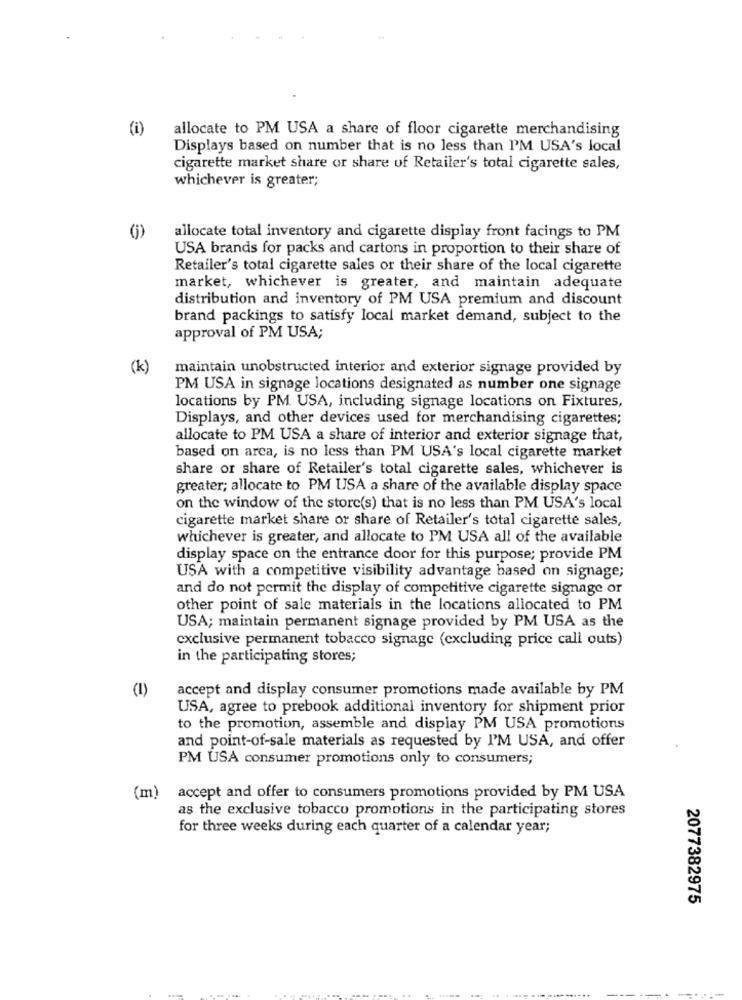
(i)
allocate to PM USA a share of floor cigarette merchandising
Displays based on number that is no less than PM USA's local
cigarette market share or share of Retailer's total cigarette sales,
whichever is greater;
()
allocate total inventory and cigarette display front facings to PM
USA brands for packs and cartons in proportion to their share of
Retailer's total cigarette sales or their share of the local cigarette
market, whichever is greater, and maintain adequate
distribution and inventory of PM USA premium and discount
brand packings to satisfy local market demand, subject to the
approval of PM USA;
(k)
maintain unobstructed interior and exterior signage provided by
PM USA in signage locations designated as number one signage
locations by PM USA, including signage locations on Fixtures,
Displays, and other devices used for merchandising cigarettes;
allocate to PM USA a share of interior and exterior signage that,
based on arca, is no less than PM USA's local cigarette market
share or share of Retailer's total cigarette sales, whichever is
greater; allocate to PM USA a share of the available display space
on the window of the store(s) that is no less than PM USA's local
cigarette market share or share of Retailer's total cigarette sales,
whichever is greater, and allocate to PM USA all of the available
display space on the entrance door for this purpose; provide PM
USA with a competitive visibility advantage based on signage;
and do not permit the display of competitive cigarette signage or
other point of sale materials in the locations allocated to PM
USA; maintain permanent signage provided by PM USA as the
exclusive permanent tobacco signage (excluding price call outs)
in the participating stores;
(1)
accept and display consumer promotions made available by PM
USA, agree to prebook additional inventory for shipment prior
to the promotion, assemble and display PM USA promotions
and point-of-sale materials as requested by I'M USA, and offer
PM USA consumer promotions only to consumers;
(m)
accept and offer to consumers promotions provided by PM USA
as the exclusive tobacco promotions in the participating stores
for three weeks during each quarter of a calendar year;
2077382975